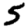
Digit: 5